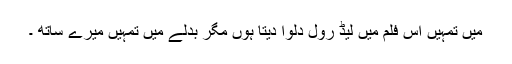
میں تمہیں اس فلم میں لیڈ رول دلوا دیتا ہوں مگر بدلے میں تمہیں میرے ساتھ ۔